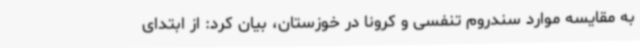
به مقایسه موارد سندروم تنفسی و کرونا در خوزستان، بیان کرد: از ابتدای